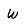
Character: W